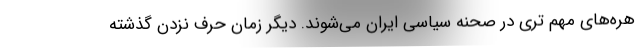
هره‌های مهم تری در صحنه سیاسی ایران می‌شوند. دیگر زمان حرف نزدن گذشته